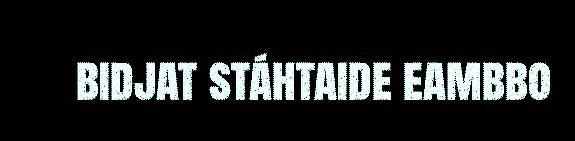
bidjat stáhtaide eambbo